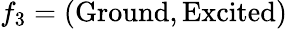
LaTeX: f_{3}=(\mathrm{Ground},\mathrm{Excited})